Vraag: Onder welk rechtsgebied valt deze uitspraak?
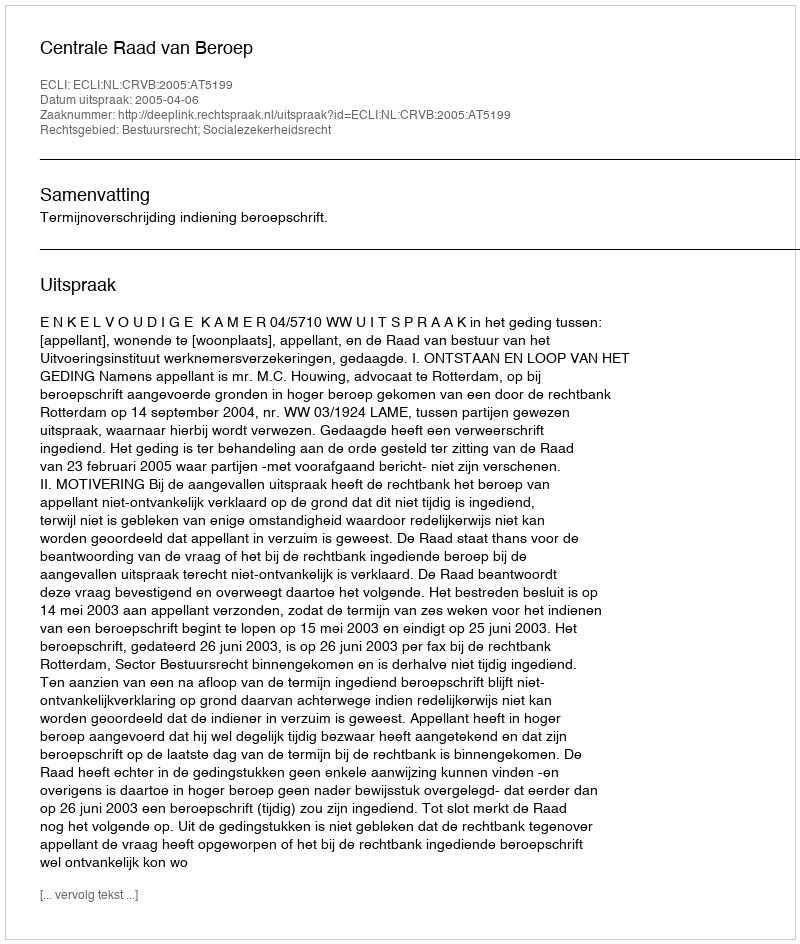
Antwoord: Bestuursrecht; Socialezekerheidsrecht